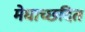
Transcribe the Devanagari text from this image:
मेघाच्छदित